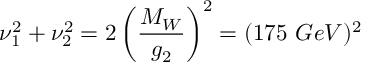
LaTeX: \nu _ { 1 } ^ { 2 } + \nu _ { 2 } ^ { 2 } = 2 \left( \frac { M _ { W } } { g _ { 2 } } \right) ^ { 2 } = ( 1 7 5 \ G e V ) ^ { 2 }